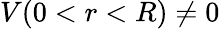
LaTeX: V(0<r<R)\ne 0